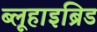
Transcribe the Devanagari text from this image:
ब्लूहाइब्रिड